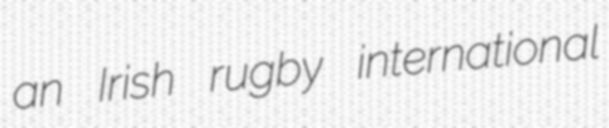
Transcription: an Irish rugby international